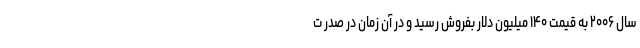
سال ۲۰۰۶ به قیمت ۱۴۰ میلیون دلار بفروش رسید و در آن زمان در صدر ت